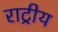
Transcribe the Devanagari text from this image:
राट्रीय